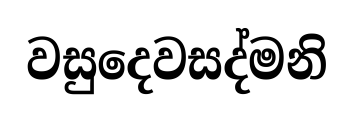
වසුදෙවසද්මනි